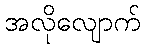
အလိုလျောက်